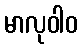
မာလုဝါဝ